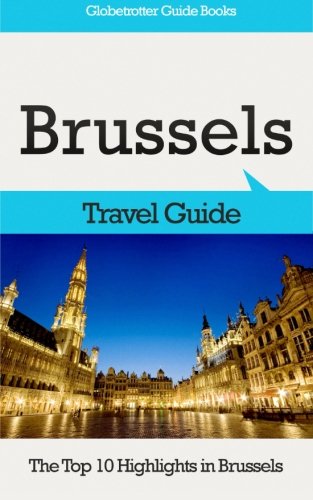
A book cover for Brussels Travel Guide: The Top 10 Highlights in Brussels (Globetrotter Guide Books); Marc Cook; Travel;